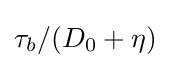
\tau _{b}/(D_{0}+\eta )